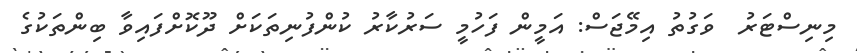
މިނިސްޓަރު  ވަގުތު އިމޭޖަސް: އަމީން ފަހުމީ ސަރުކާރު ކުންފުނިތަކަށް ދޫކޮށްފައިވާ ބިންތަކުގެ